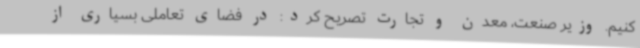
‌کنیم. وزیر صنعت، معدن و تجارت تصریح کرد: در فضای تعاملی بسیاری از